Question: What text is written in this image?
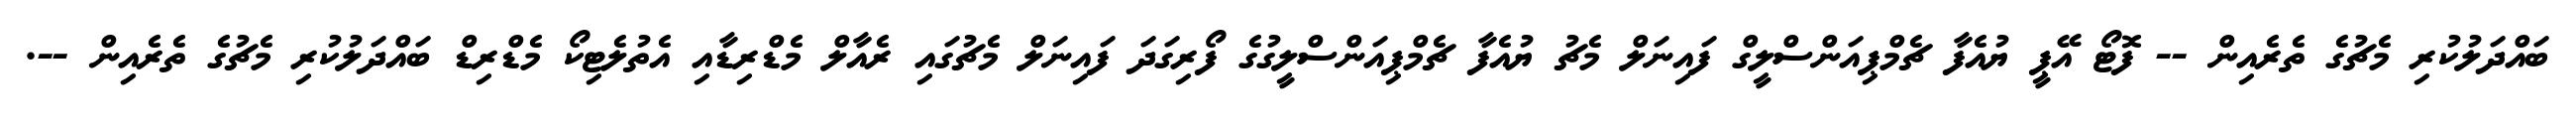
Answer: ބައްދަލުކުރި މެޗުގެ ތެރެއިން -- ފޮޓޯ އޭޕީ ޔުއެފާ ޗެމްޕިއަންސްލީގް ފައިނަލް މެޗު ޔުއެފާ ޗެމްޕިއަންސްލީގުގެ ފޯރިގަދަ ފައިނަލް މެޗުގައި ރެއާލް މެޑްރިޑާއި އެތުލެޓިކޯ މެޑްރިޑް ބައްދަލުކުރި މެޗުގެ ތެރެއިން --.